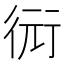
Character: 衏